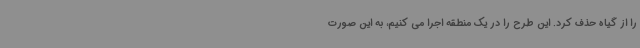
را از گیاه حذف کرد. این طرح را در یک منطقه اجرا می کنیم، به این صورت